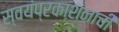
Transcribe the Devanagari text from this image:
स्वयंप्रकाशनाची